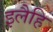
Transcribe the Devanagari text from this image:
इलैहि